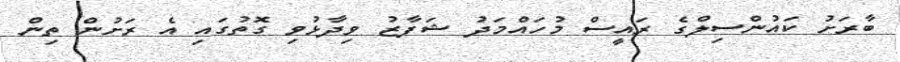
ބާރަށު ކައުންސިލްގެ ރައީސް މުހައްމަދު ޝަފާޒު ވިދާޅުވި ގޮތުގައި އެ ރަށުން ތިން